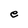
Character: e